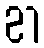
21